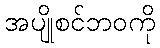
အပျိုစင်ဘဝကို